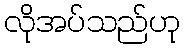
လိုအပ်သည်ဟု